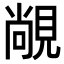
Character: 𬡾